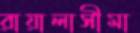
রায়ালাসীমা